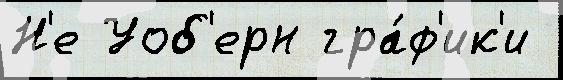
Н'е Уоб'ерн гра́ф'ик'и